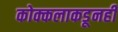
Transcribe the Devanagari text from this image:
कोक्कलाकडूनही